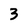
Character: 3